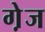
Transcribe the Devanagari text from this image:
गे़ज